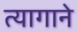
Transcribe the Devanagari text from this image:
त्यागाने